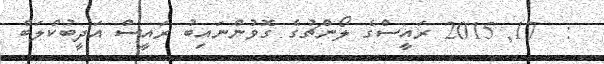
:  17